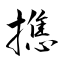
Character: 撨